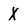
Character: X